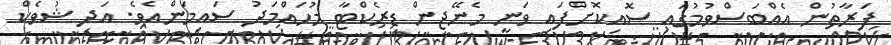
ފަރާތުން އެއްބަސްވުމުގައި ސޮއިކޮށްފައި ވަނީ މެނޭޖިން ޑިރެކްޓާ މުހައްމަދު ސައިމަންއެވެ. އަދި ޝުވެކް